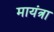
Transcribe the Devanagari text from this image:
मायंत्रा